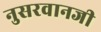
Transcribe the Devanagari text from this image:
नुसरवानजी